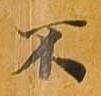
不